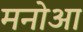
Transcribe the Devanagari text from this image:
मनोआ